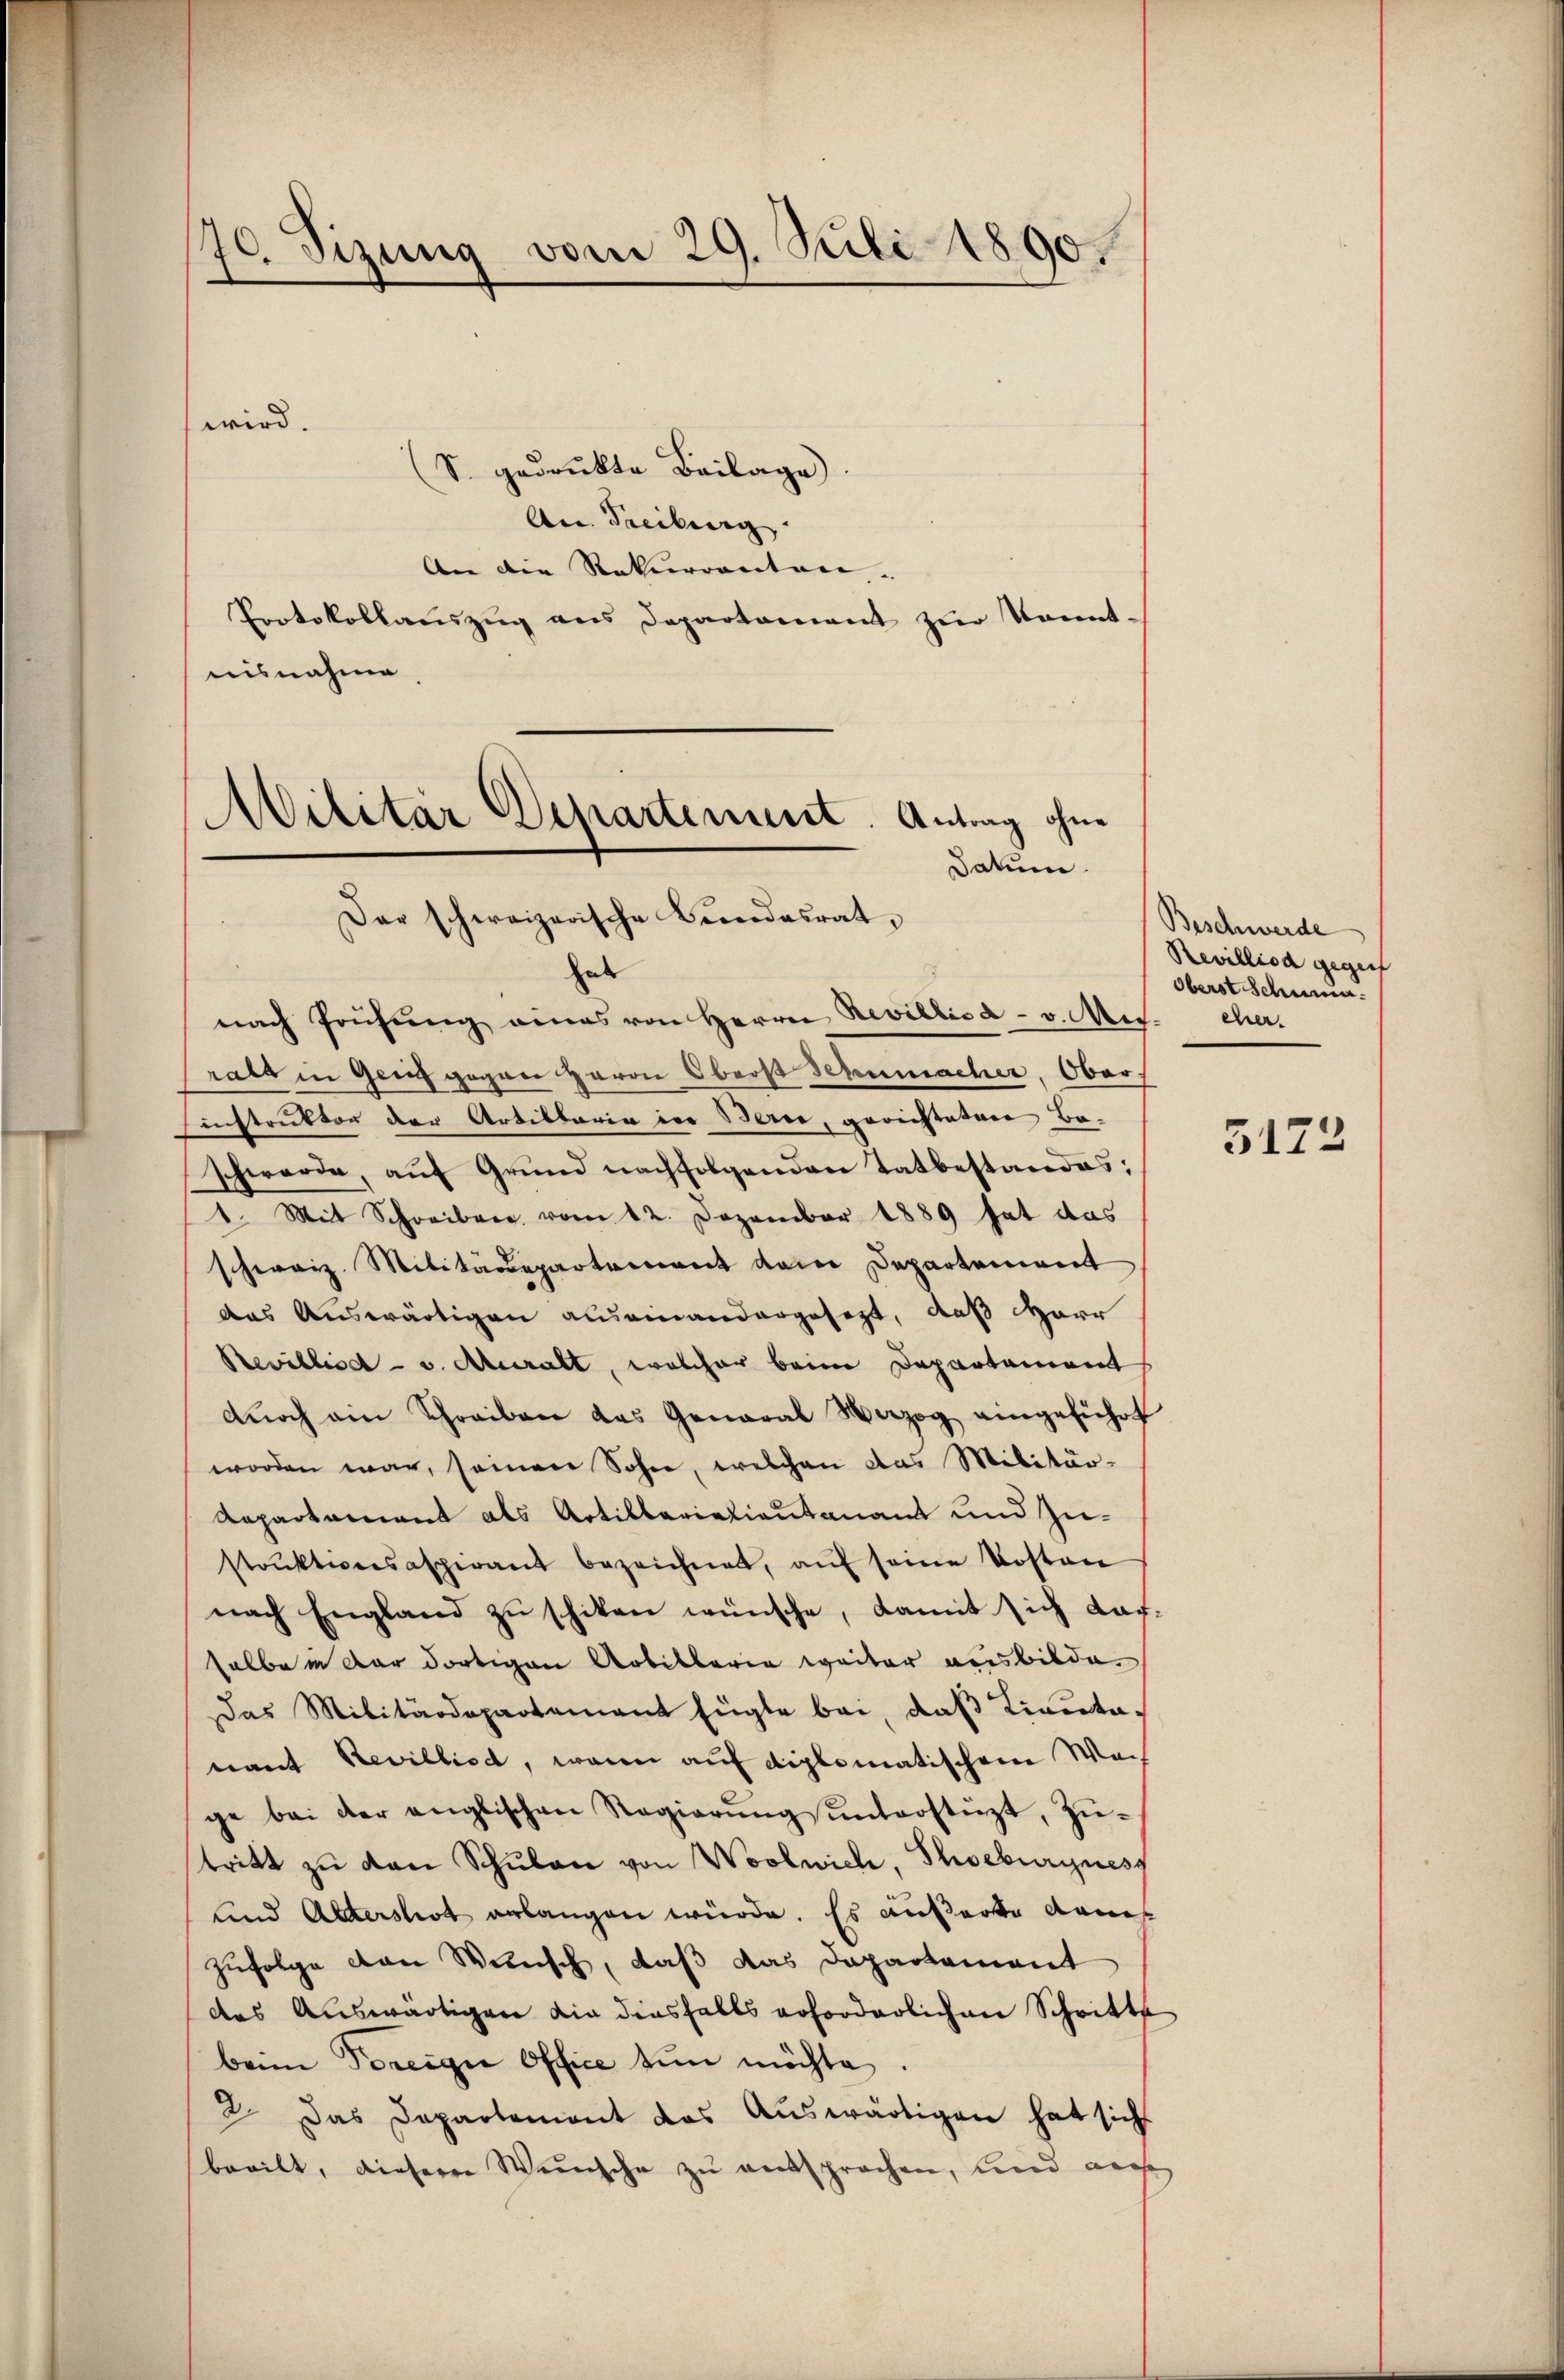
70. Sizung vom 29. Juli 1890.

(S. gedruckte Beilage.
An Freiburg
An die Rekurrenten- |
Protokollauszug aus Departament zur kannt-
nisnahme.
hab
nach Prüfung eines von Herrn Revillica v. Ms. eher.
rala in Gerich gegene Herrn Oberst Schumacher, Ober
Einstruktor der Artillaria in Bern, gerichteten Baschwerde, auf Grund nachfolgenden Tatbestandes:
I. Mit Schreiben vom 12. Dezember 1889 hat das
schweiz. Militärdepartement dem Departement
das Auswärtigen auseinandergesezt, daß Herr
Bevillied v. Muralt, welcher beim Departement
dnoch ain Schreiben das General Vazog eingeführt
worden war, seinen Sohne, welchen das Militär-
Repartement als Artillariationsanant und Zustrŭktiversaspirant bezeichnet, aŭf seine Kosten
nach England zu schiken wünsche, damit sich das
salbe in der dortigen Arbitterie weiter ausbilde.
Das Militärdepartement fügte bei, daß Licitanant Revillied, wenn auf diplomatischen Wais
ge bei der englischen Regierŭng ŭnterstüzt, Zütritt zŭ von Schŭlan von Woolwich, Thoeburgness
und Altershot erlangen würde. Es äußerte dans
Zufolge von Wünsch, daß das Departement
des Auswärtigen die diesfalls erforderlichen Schritts
beim Vereigne Office tun möchte.
2. Das Departement das Auswärtigen hat sich
beeilt, dieserer Weinsche zu entsprochen, und weis

wird.

Militär Departement
Antrag ohne
Datum.
Dar schweizerische Bundesrat,

Beschwerde
Revilliod gegent
Oberst schunin.

5122